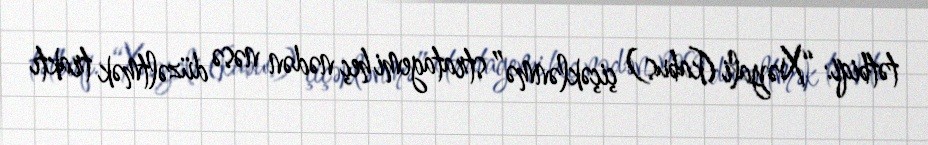
tətbiqi: “Xəyali (kabus) çiçəklənmə” stratagemi heç nədən nəsə düzəltmək traktı